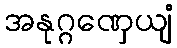
အနုဂ္ဂဏှေယျံ